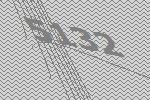
5132